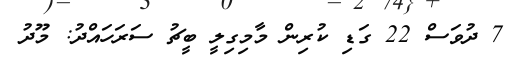
7 ދުވަސް 22 ގަޑި ކުރިން މާމިގިލީ ބީޗު ސަރަހައްދު: މޫދު